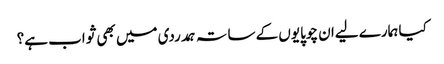
کیا ہمارے لیےان چوپایوں کے ساتہ ہمدردی میں بھی ثواب ہے؟